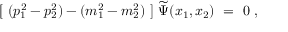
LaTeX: [ \ ( p _ { 1 } ^ { 2 } - p _ { 2 } ^ { 2 } ) - ( m _ { 1 } ^ { 2 } - m _ { 2 } ^ { 2 } ) \ ] \ \widetilde \Psi ( x _ { 1 } , x _ { 2 } ) \ = \ 0 \ ,